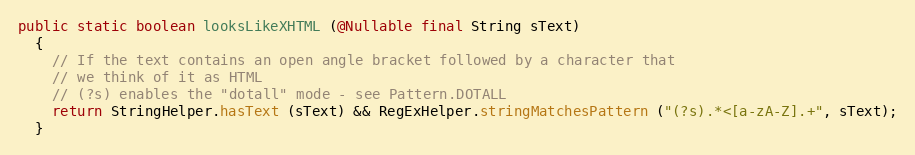
Language: Java
public static boolean looksLikeXHTML (@Nullable final String sText)
  {
    // If the text contains an open angle bracket followed by a character that
    // we think of it as HTML
    // (?s) enables the "dotall" mode - see Pattern.DOTALL
    return StringHelper.hasText (sText) && RegExHelper.stringMatchesPattern ("(?s).*<[a-zA-Z].+", sText);
  }